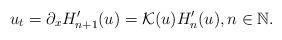
LaTeX: \begin{align*}u_t=\partial_x H_{n+1}'(u)=\mathcal{K}(u) H_{n}'(u), n\in\mathbb{N}.\end{align*}